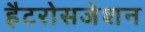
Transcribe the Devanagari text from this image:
हैटरोसजेशन